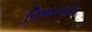
વિષાદયોગ